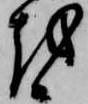
越